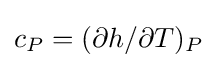
c_{P}=(\partial h/\partial T)_{P}